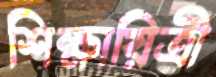
শিক্ষায়িত্রী